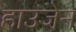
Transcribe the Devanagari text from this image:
हाउजेन